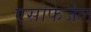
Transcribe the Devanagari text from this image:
एसोफेजेल